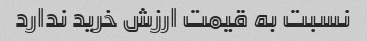
نسبت به قیمت ارزش خرید ندارد